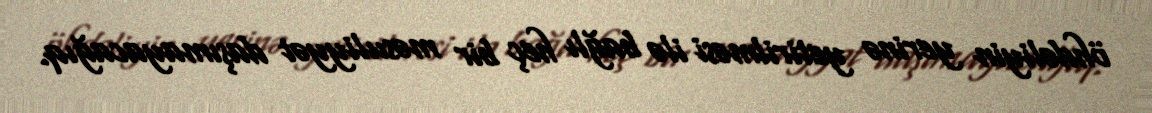
öhdəliyin yerinə yetirilməsi ilə bağlı heç bir məsuliyyət daşımayacağıq.